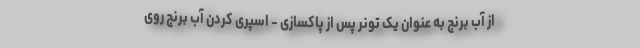
از آب برنج به عنوان یک تونر پس از پاکسازی - اسپری کردن آب برنج روی